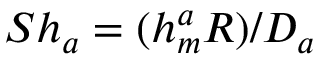
S h _ { a } = ( h _ { m } ^ { a } R ) / { \cal D } _ { a }